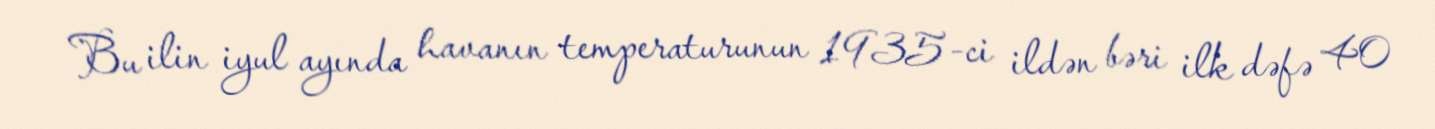
Bu ilin iyul ayında havanın temperaturunun 1935-ci ildən bəri ilk dəfə 40